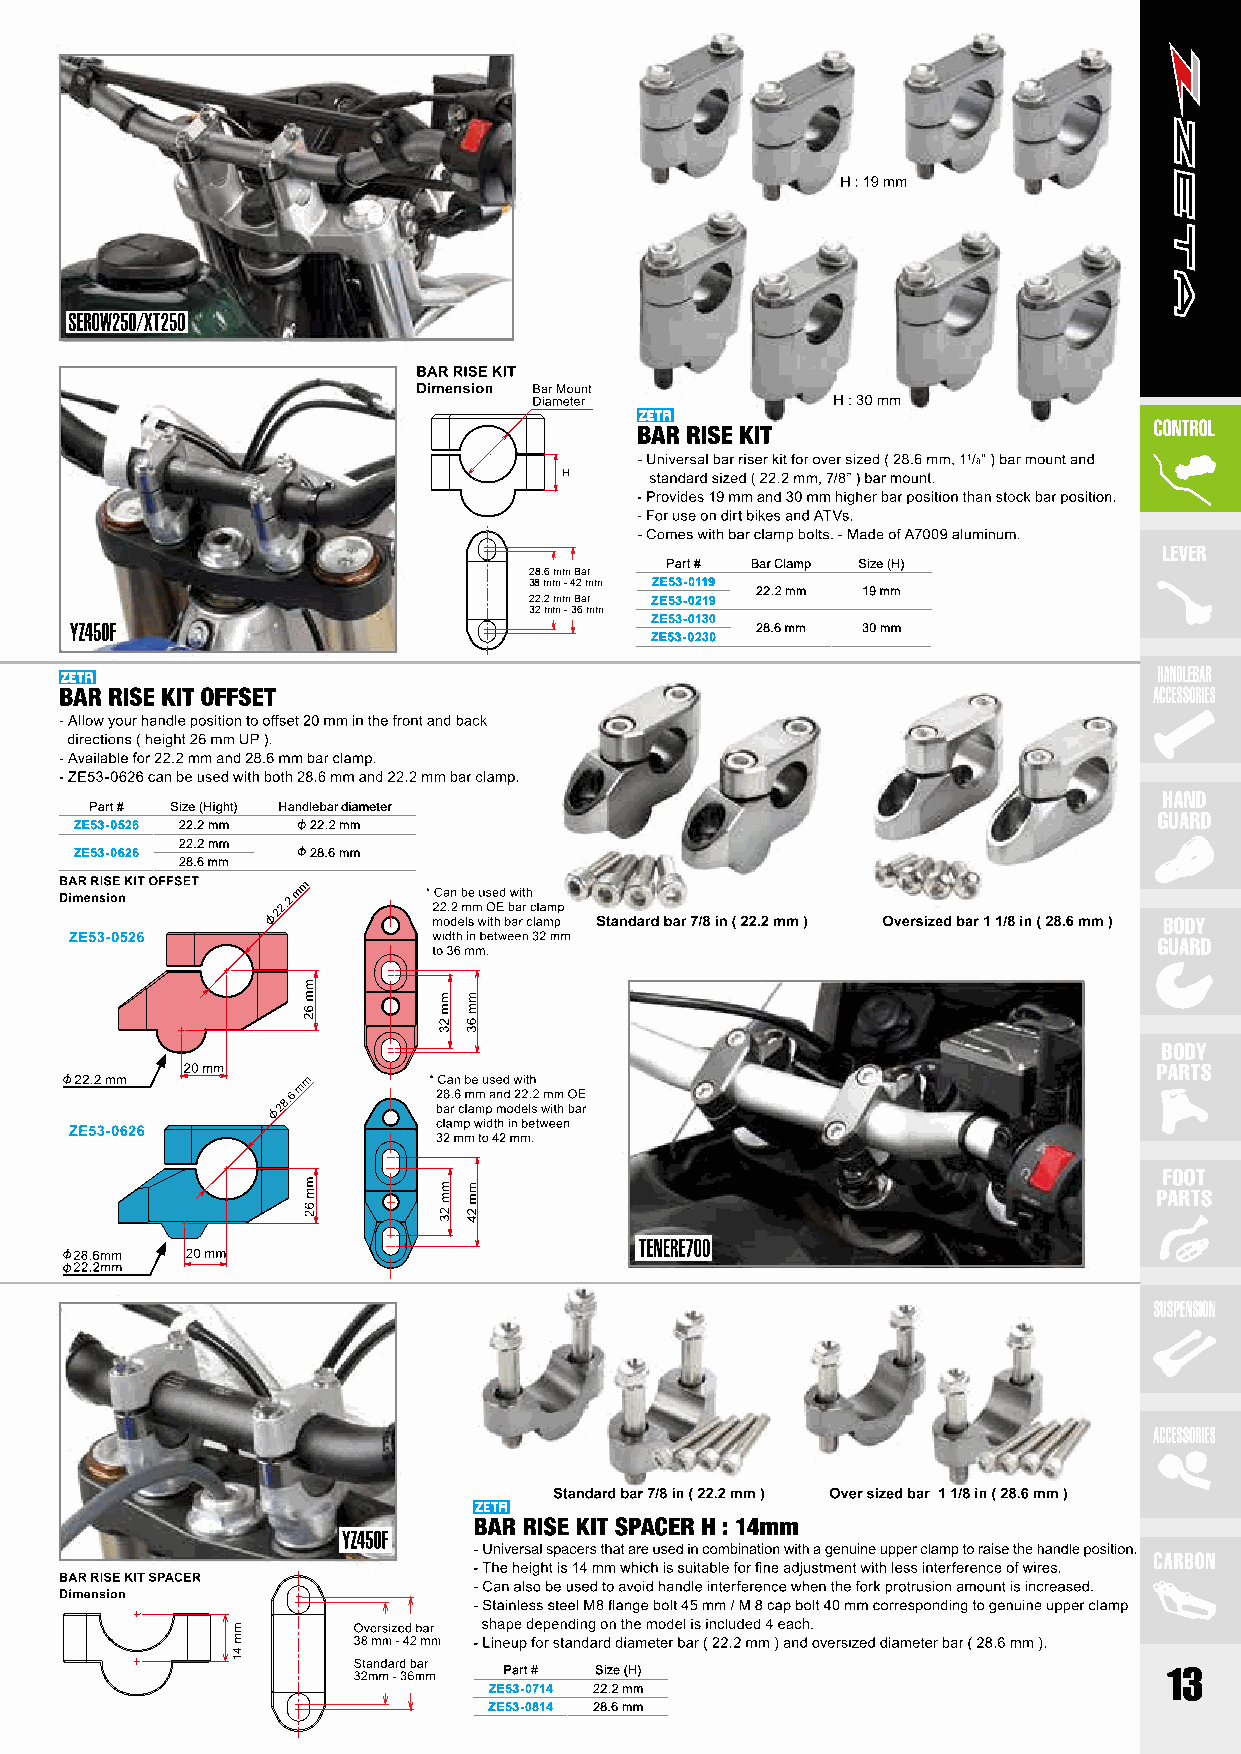
H
 Part # Bar Clamp Size (H)
 28.6 mm Bar
 38 mm - 42 mm ZE53-0119
 22.2 mm 19 mm
 22.2 mm Bar ZE53-0219
 32 mm - 36 mm
 ZE53-0130
 28.6 mm 30 mm
 ZE53-0230
 Part # Size (Hight) Handlebar diameter
 ZE53-0526 22.2 mm 22.2 mm
 22.2 mm
 ZE53-0626       28.6 mm
 28.6 mm
 Part # Size (H)
 ZE53-0714 22.2 mm
 ZE53-0814 28.6 mm